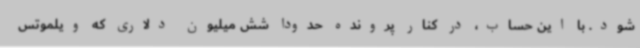
شود. با این حساب، در کنار پرونده حدودا شش میلیون دلاری که ویلموتس